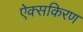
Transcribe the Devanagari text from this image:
ऐक्सकिरण